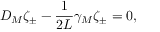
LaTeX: { D _ { M } \zeta _ { \pm } - { \frac { 1 } { 2 L } } \gamma _ { M } \zeta _ { \pm } = 0 , }